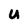
Character: U